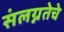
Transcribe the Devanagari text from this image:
संलग्नतेचे